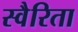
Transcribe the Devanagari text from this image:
स्वैरिता